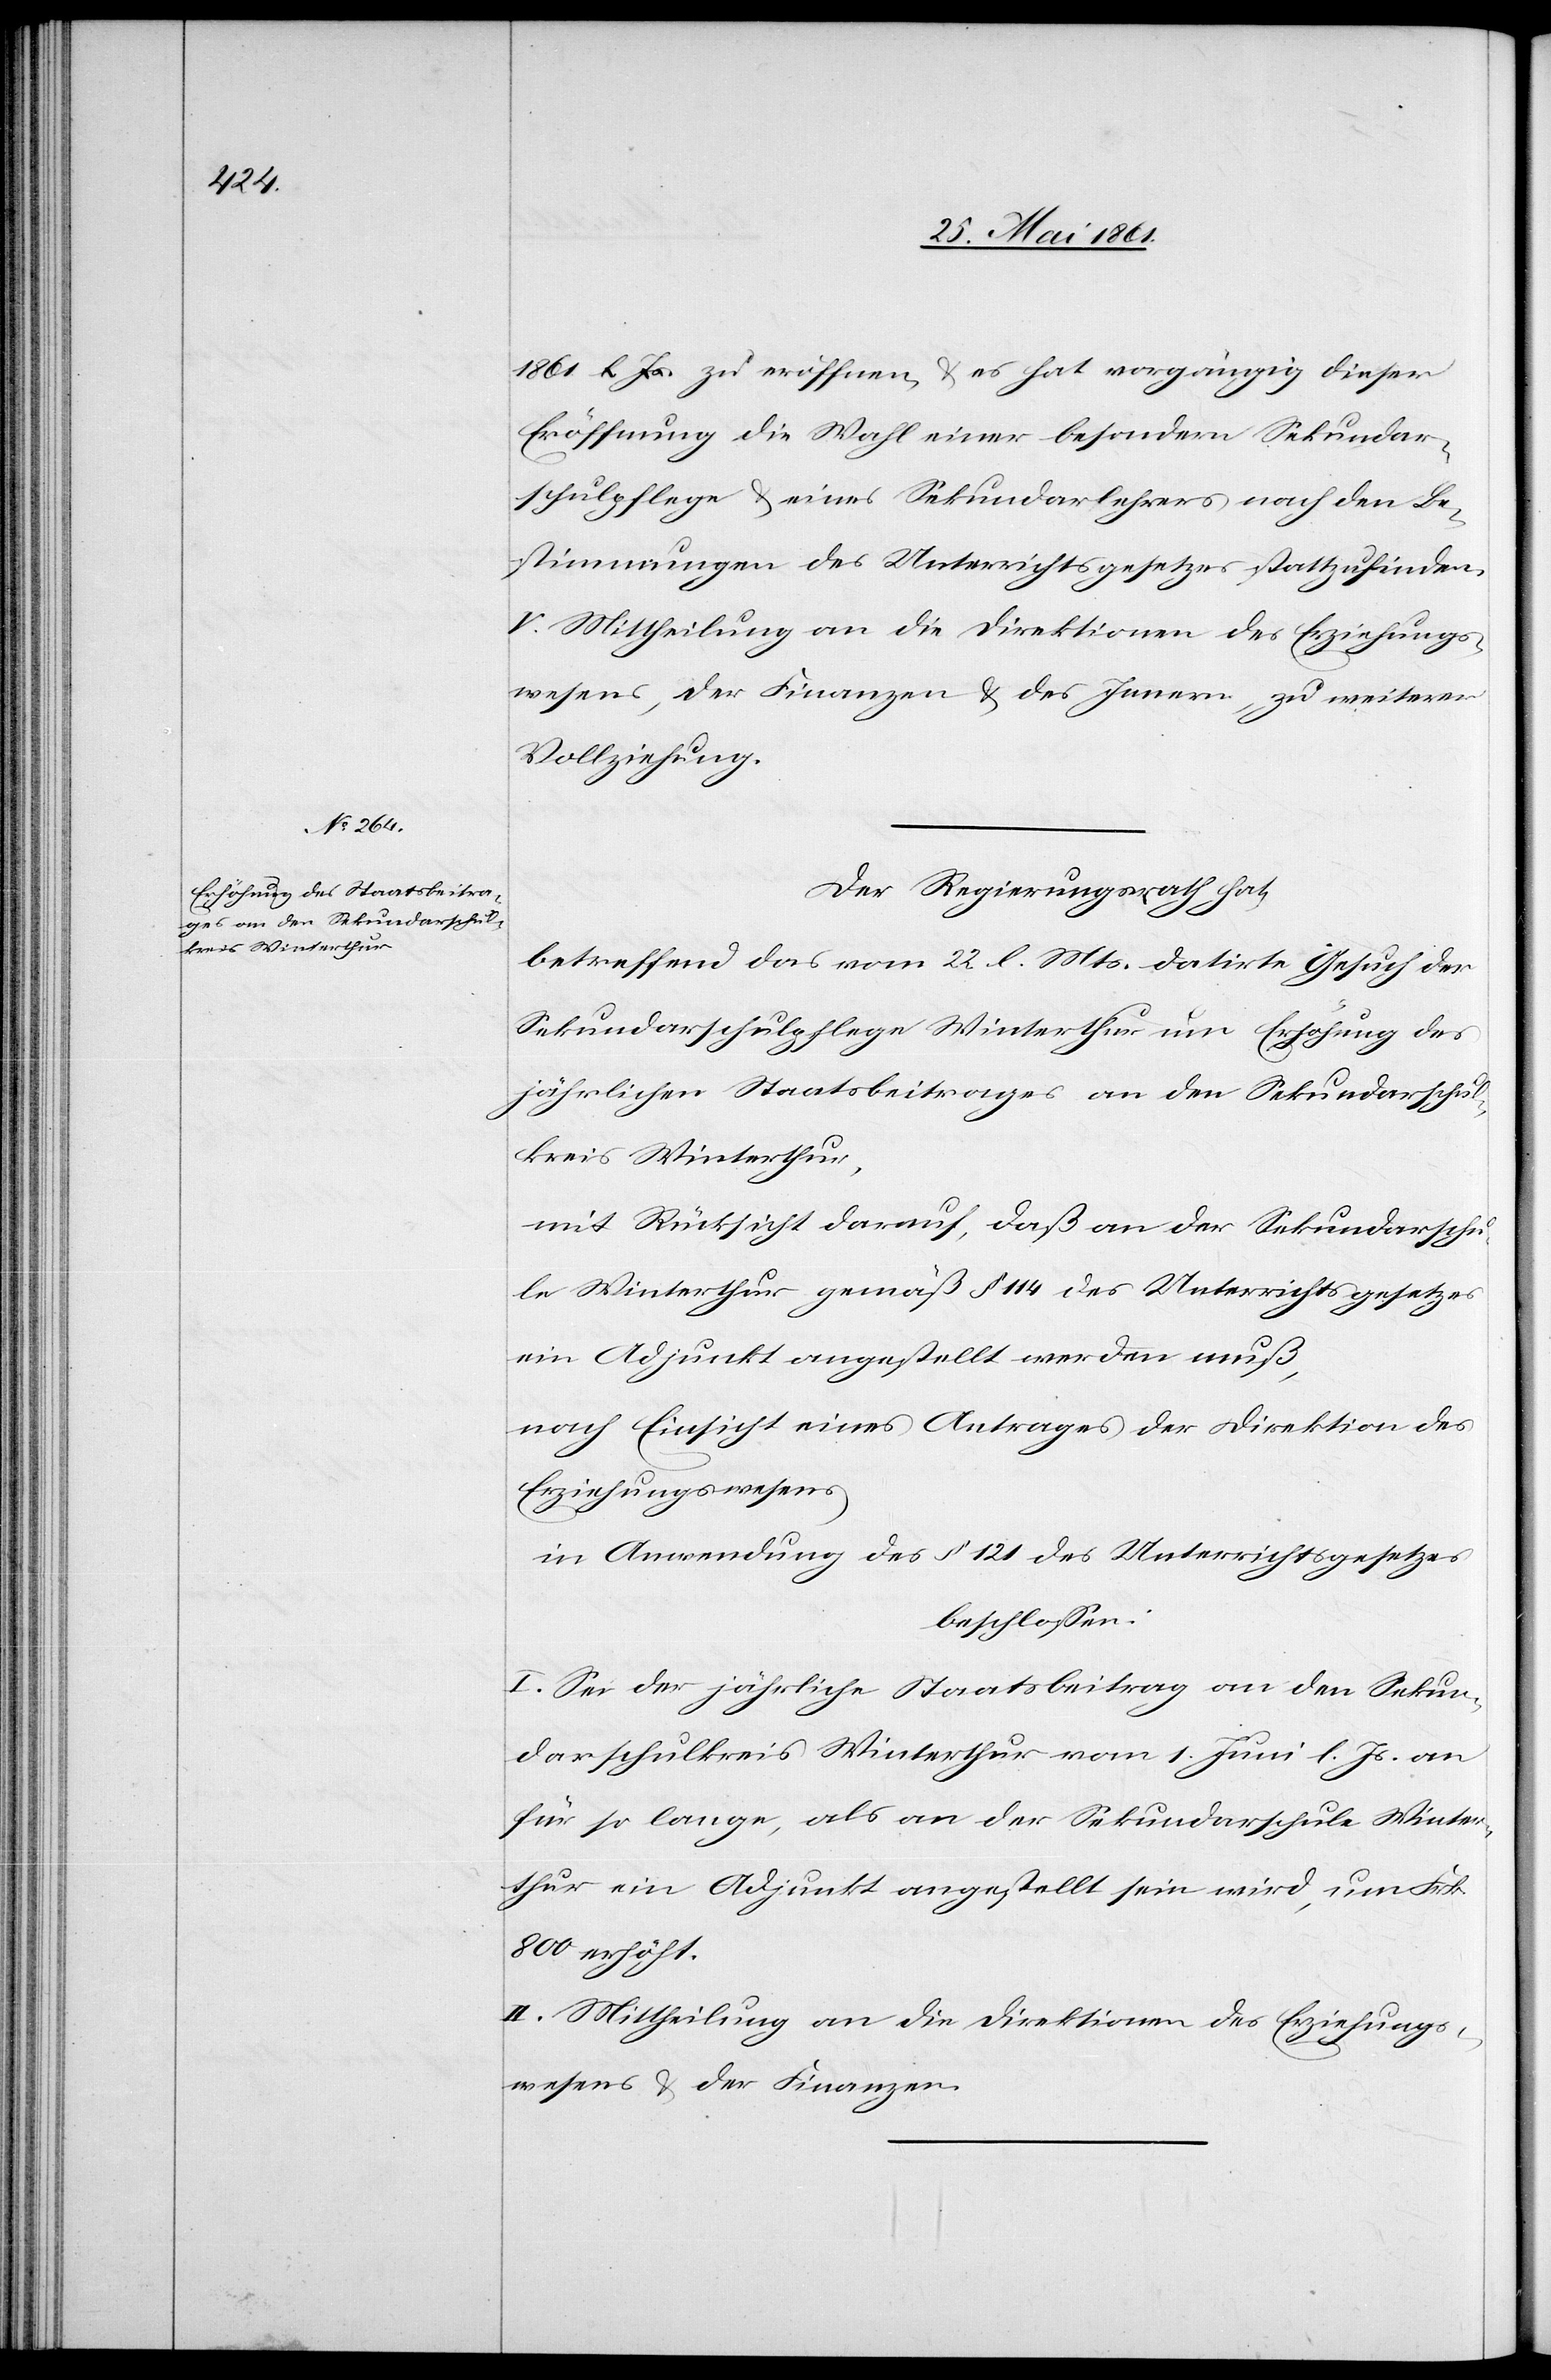
1861 l. Js. zu eröffnen u. es hat vorgängig dieser
Eröffnung die Wahl einer besondern Sekundar¬
schulpflege u. eines Sekundarlehrers nach den Be¬
stimmungen des Unterrichtsgesetzes stattzufinden.
V. Mittheilung an die Direktionen des Erziehungs¬
wesens, der Finanzen u. des Innern, zu weiterer
Vollziehung.
Der Regierungsrath hat,
betreffend das vom 22. l. Mts. datirte Gesuch der
Sekundarschulpflege Winterthur um Erhöhung des
jährlichen Staatsbeitrages an den Sekundarschul¬
kreis Winterthur,
mit Rücksicht darauf, daß an der Sekundarschu¬
le Winterthur gemäß § 114 des Unterrichtsgesetzes
ein Adjunkt angestellt werden muß,
nach Einsicht eines Antrages der Direktion des
Erziehungswesens
in Anwendung des § 121 des Unterrichtsgesetzes
beschlossen:
I. Sei der jährliche Staatsbeitrag an den Sekun¬
darschulkreis Winterthur vom 1. Juni l. Js. an
für so lange, als an der Sekundarschule Winter¬
thur ein Adjunkt angestellt sein wird, um Frk.
800 erhöht.
II. Mittheilung an die Direktion des Erziehungs¬
wesens u. der Finanzen.